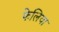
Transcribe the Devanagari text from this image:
फेलिया